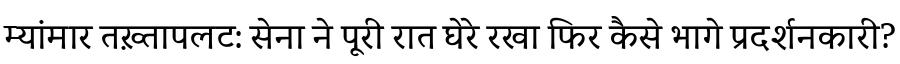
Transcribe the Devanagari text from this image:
म्यांमार तख़्तापलट: सेना ने पूरी रात घेरे रखा फिर कैसे भागे प्रदर्शनकारी?